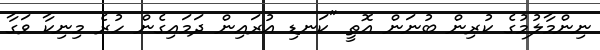
ނިންމާލުމުގެ ކުރިން ބުނަން އޮތީ "ކަނޑި އުރައިން ދަމައިގެން ހުރެ މިނިކާ ވަގާ